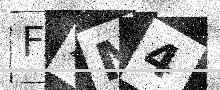
Text: FXM4